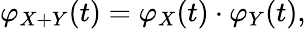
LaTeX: \varphi_{X+Y}(t)=\varphi_{X}(t)\cdot\varphi_{Y}(t),